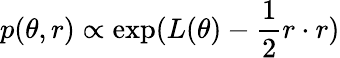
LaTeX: p(\theta,r)\propto\exp(L(\theta)-\frac{1}{2}r\cdot r)